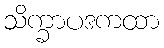
သိက္ခာပဒကထာ